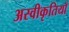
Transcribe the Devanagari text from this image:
अस्वीकृतियाँ